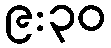
၉:၃၀